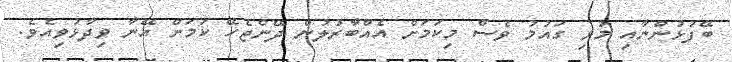
ބޭފުޅުންނާއި މުޅި ގައުމު ވެސް މިކަމަށް އެއްބާރުލުން ދޭންޖެހޭ ކަމަށް އޭނާ ވިދާޅުވިއެވެ.